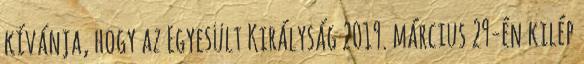
kívánja, hogy az Egyesült Királyság 2019. március 29-én kilép